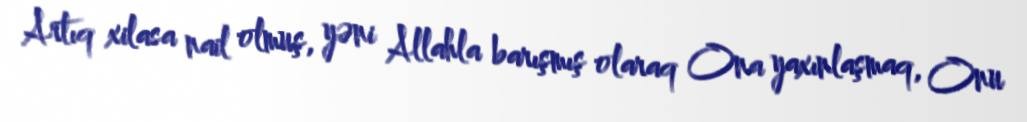
Artıq xilasa nail olmuş, yəni Allahla barışmış olaraq Ona yaxınlaşmaq, Onu